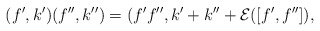
\begin{gather*}(f',k')(f'',k'') = (f'f'',k'+k''+{\cal E}([f',f'']),\end{gather*}